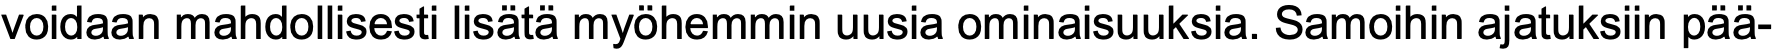
voidaan mahdollisesti lisätä myöhemmin uusia ominaisuuksia. Samoihin ajatuksiin pää-